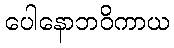
ပေါနောဘဝိကာယ